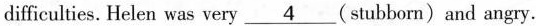
difficulties. Helen was very \underline{4}( stubborn) and angry.